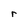
Character: r